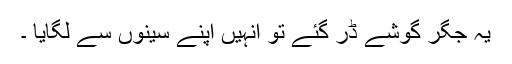
یہ جگر گوشے ڈر گئے تو انہیں اپنے سینوں سے لگایا ۔